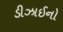
ડીઝાઈનો